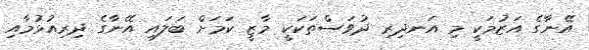
އޭނާގެ އަޒުމަކީ މި އަނދިރި ދުވަސްތަކަކީ މާޒީ ކަމަށް ބަލައި އޭނާގެ ދިރިއުޅުމާއި